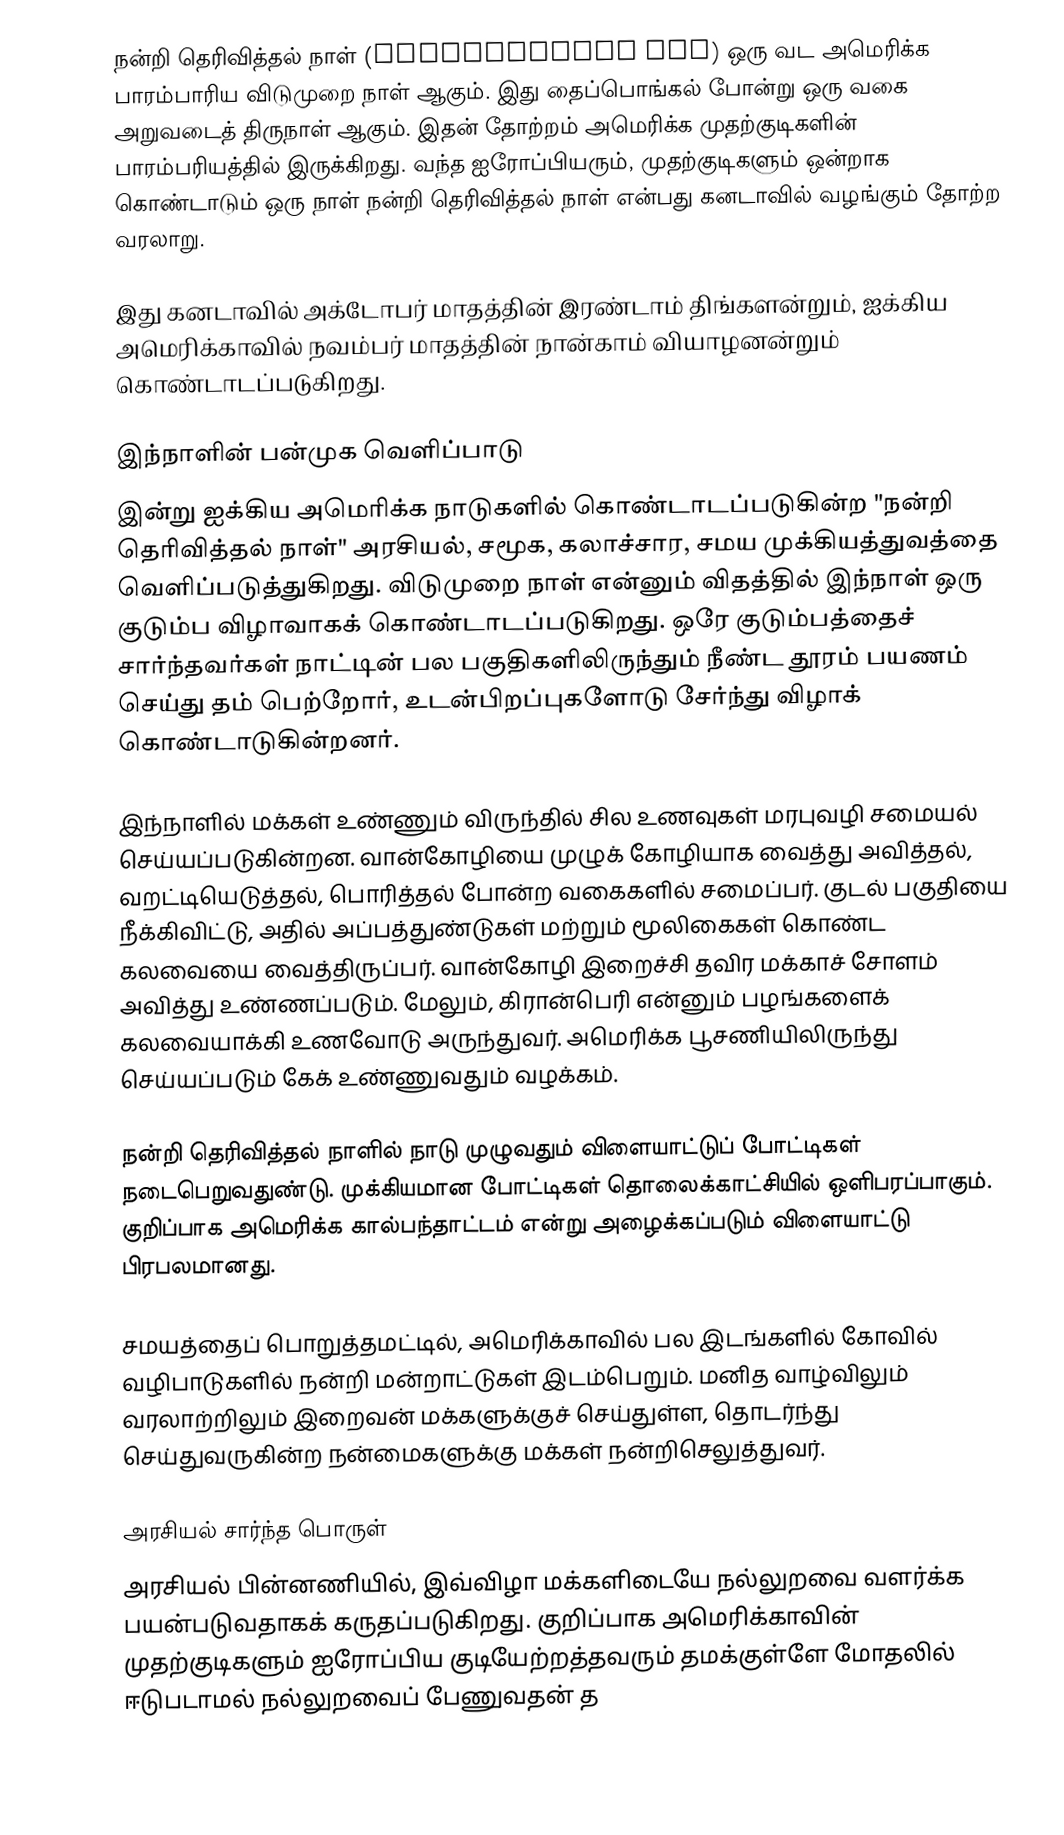
நன்றி தெரிவித்தல் நாள் (Thanksgiving day) ஒரு வட அமெரிக்க பாரம்பாரிய விடுமுறை நாள் ஆகும். இது தைப்பொங்கல் போன்று ஒரு வகை அறுவடைத் திருநாள் ஆகும். இதன் தோற்றம் அமெரிக்க முதற்குடிகளின் பாரம்பரியத்தில் இருக்கிறது. வந்த ஐரோப்பியரும், முதற்குடிகளும் ஒன்றாக கொண்டாடும் ஒரு நாள் நன்றி தெரிவித்தல் நாள் என்பது கனடாவில் வழங்கும் தோற்ற வரலாறு.

இது கனடாவில் அக்டோபர் மாதத்தின் இரண்டாம் திங்களன்றும், ஐக்கிய அமெரிக்காவில் நவம்பர் மாதத்தின் நான்காம் வியாழனன்றும் கொண்டாடப்படுகிறது.

இந்நாளின் பன்முக வெளிப்பாடு
இன்று ஐக்கிய அமெரிக்க நாடுகளில் கொண்டாடப்படுகின்ற "நன்றி தெரிவித்தல் நாள்" அரசியல், சமூக, கலாச்சார, சமய முக்கியத்துவத்தை வெளிப்படுத்துகிறது. விடுமுறை நாள் என்னும் விதத்தில் இந்நாள் ஒரு குடும்ப விழாவாகக் கொண்டாடப்படுகிறது. ஒரே குடும்பத்தைச் சார்ந்தவர்கள் நாட்டின் பல பகுதிகளிலிருந்தும் நீண்ட தூரம் பயணம் செய்து தம் பெற்றோர், உடன்பிறப்புகளோடு சேர்ந்து விழாக் கொண்டாடுகின்றனர்.

இந்நாளில் மக்கள் உண்ணும் விருந்தில் சில உணவுகள் மரபுவழி சமையல் செய்யப்படுகின்றன. வான்கோழியை முழுக் கோழியாக வைத்து அவித்தல், வறட்டியெடுத்தல், பொரித்தல் போன்ற வகைகளில் சமைப்பர். குடல் பகுதியை நீக்கிவிட்டு, அதில் அப்பத்துண்டுகள் மற்றும் மூலிகைகள் கொண்ட கலவையை வைத்திருப்பர். வான்கோழி இறைச்சி தவிர மக்காச் சோளம் அவித்து உண்ணப்படும். மேலும், கிரான்பெரி என்னும் பழங்களைக் கலவையாக்கி உணவோடு அருந்துவர். அமெரிக்க பூசணியிலிருந்து செய்யப்படும் கேக் உண்ணுவதும் வழக்கம்.

நன்றி தெரிவித்தல் நாளில் நாடு முழுவதும் விளையாட்டுப் போட்டிகள் நடைபெறுவதுண்டு. முக்கியமான போட்டிகள் தொலைக்காட்சியில் ஒளிபரப்பாகும். குறிப்பாக அமெரிக்க கால்பந்தாட்டம் என்று அழைக்கப்படும் விளையாட்டு பிரபலமானது.

சமயத்தைப் பொறுத்தமட்டில், அமெரிக்காவில் பல இடங்களில் கோவில் வழிபாடுகளில் நன்றி மன்றாட்டுகள் இடம்பெறும். மனித வாழ்விலும் வரலாற்றிலும் இறைவன் மக்களுக்குச் செய்துள்ள, தொடர்ந்து செய்துவருகின்ற நன்மைகளுக்கு மக்கள் நன்றிசெலுத்துவர்.

அரசியல் சார்ந்த பொருள்
அரசியல் பின்னணியில், இவ்விழா மக்களிடையே நல்லுறவை வளர்க்க பயன்படுவதாகக் கருதப்படுகிறது. குறிப்பாக அமெரிக்காவின் முதற்குடிகளும் ஐரோப்பிய குடியேற்றத்தவரும் தமக்குள்ளே மோதலில் ஈடுபடாமல் நல்லுறவைப் பேணுவதன் த